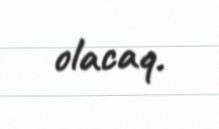
olacaq.